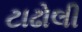
ટાઢોલી